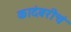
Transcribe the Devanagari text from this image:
कादंबरीचं